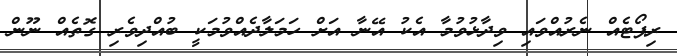
ރިޕޯޓެއް ނެރުއްވައި ވިދާޅުވުމާ އެކު އޭނާ އަށް ހަމަލާދެއްވުމަކީ ބުއްދިވެރި ގޮތެއް ނޫން